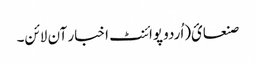
صنعائ(اُردو پوائنٹ اخبار آن لائن۔